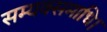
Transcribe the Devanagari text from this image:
सम्यक्समाधि।